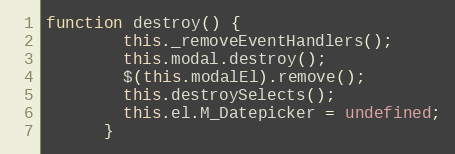
Language: JavaScript
function destroy() {
        this._removeEventHandlers();
        this.modal.destroy();
        $(this.modalEl).remove();
        this.destroySelects();
        this.el.M_Datepicker = undefined;
      }